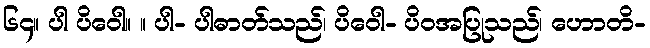
၆၄။ ပါ ပိဝေါ။ ။ ပါ- ပါဓာတ်သည်၊ ပိဝေါ- ပိဝအပြုသည်၊ ဟောတိ-